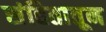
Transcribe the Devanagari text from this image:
संहितातून